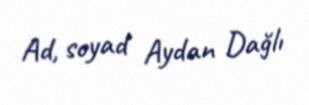
Ad, soyad Aydan Dağlı